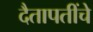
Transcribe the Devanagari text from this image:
दैतापतींचे